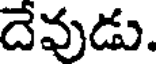
దేవుడు.